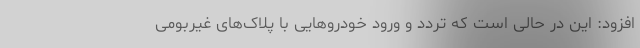
افزود: این در حالی است که تردد و ورود خودروهایی با پلاک‌های غیربومی